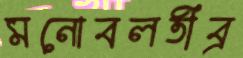
মনোবলতীব্র